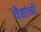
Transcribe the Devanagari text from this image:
वैद्यांची